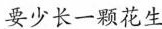
要少长一颗花生